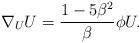
LaTeX: \begin{align*}\nabla_UU=\frac{1-5\beta^2}{\beta}\phi U.\end{align*}